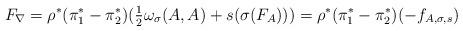
LaTeX: \begin{align*} F_\nabla = \rho^* (\pi_1^* -\pi_2^*)( \tfrac{1}{2} \omega_\sigma(A,A) + s(\sigma( F_{A}))) = \rho^* (\pi_1^* -\pi_2^*) (- f_{A,\sigma,s})\end{align*}